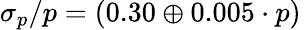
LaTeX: \sigma_{p}/p=(0.30\oplus 0.005\cdot p)\